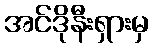
အင်ဒိုနီးရှားမှ